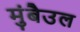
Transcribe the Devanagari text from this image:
मुंबैउल